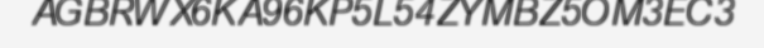
AGBRWX6KA96KP5L54ZYMBZ5OM3EC3